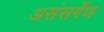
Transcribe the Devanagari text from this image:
असंसर्गेण